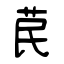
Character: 苠